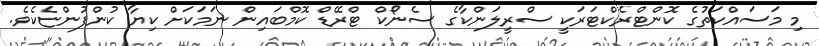
މި މަސައްކަތުގެ ކޮންޓްރެކްޓަރަކީ ސްރީލަންކާގެ ސެނޯކް ޓްރޭޑް ކޮމްބައިން ނަމަކަށް ކިޔާ ކުންފުންޏެކެވެ.